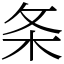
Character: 条